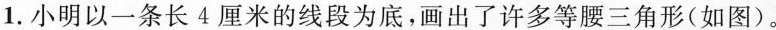
1.小明以一条长4厘米的线段为底，画出了许多等腰三角形(如图)。